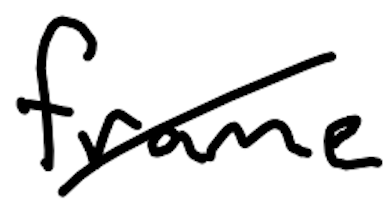
Text: frame
Cross-out: mix
Writing tool: digital_black